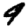
Digit: 9